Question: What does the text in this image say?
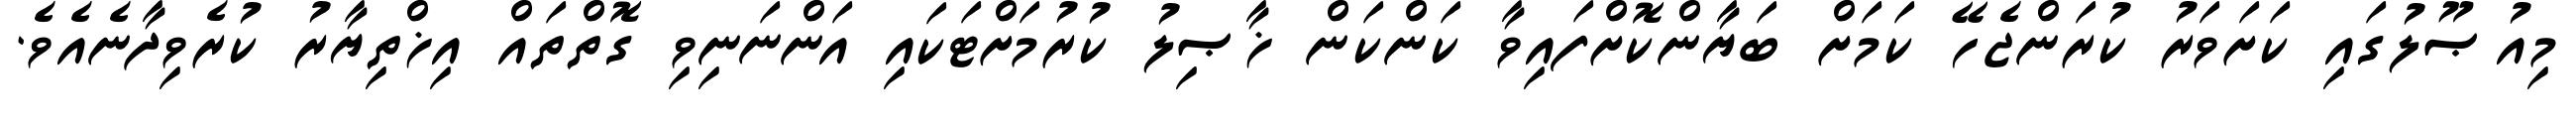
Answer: މިއުޞޫލުގައި ކަށަވަރު ކުރަންޖެހޭ ކަމަށް ބަޔާންކޮށްފައިވާ ކަންކަން ޚާޞިލު ކުރުމަށްޓަކައި އަންނަނިވި ގޮތްތައް އިޚްތިޔާރު ކުރެވިދާނެއެވެ.